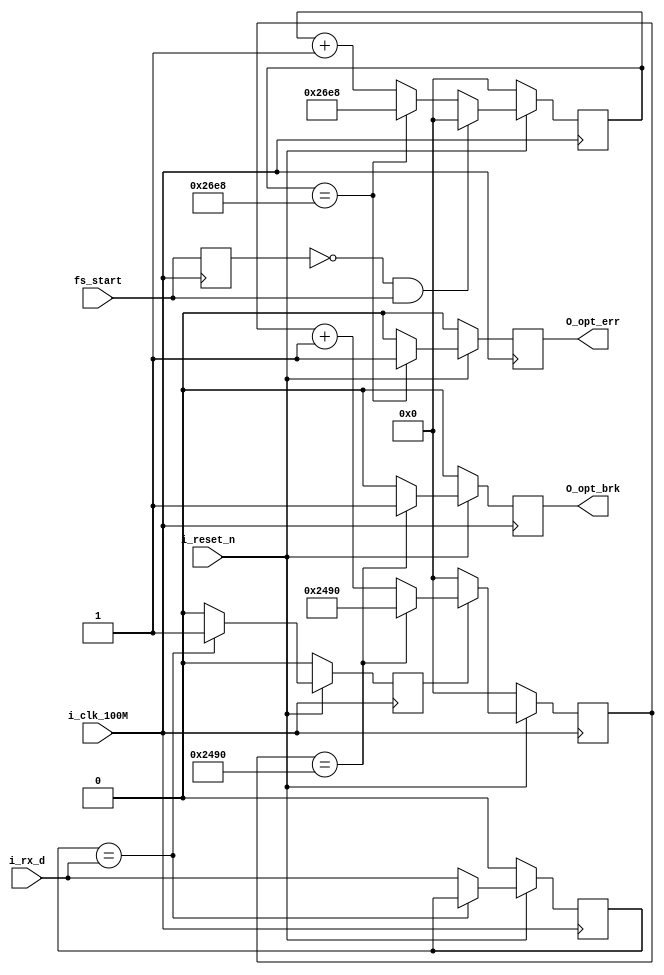
`timescale 1ns / 1ps
//////////////////////////////////////////////////////////////////////////////////
// Company: 
// Engineer: 
// 
// Design Name: 
// Module Name:    Comm_Check 
// Project Name: 
// Target Devices: 
// Tool versions: 
// Description: 
//
// Dependencies: 
//
// Revision: 
// Revision 0.01 - File Created
// Additional Comments: 
//
//////////////////////////////////////////////////////////////////////////////////
module Comm_Check_kb(
    input i_clk_100M,
    input i_reset_n,
    input i_rx_d,
    output reg O_opt_brk,
	 output reg O_opt_err,
	 input fs_start
    );
	
	reg data_mid;
	reg brk_mid;
	reg [15:0] cnt1;
	reg [15:0] cnt2;
	
	parameter Optbrk_time=9360;//78us
	parameter Opterr_time=9960;//78+5us
//
always @ (posedge i_clk_100M)
begin
	if(!i_reset_n) begin
		brk_mid	<= 1'b0;
		data_mid	<= 1'b0;
	  end
	else if(data_mid == i_rx_d) brk_mid	<= 1'b1;
	else begin
		brk_mid	<= 1'b0;
		data_mid	<= i_rx_d;
	  end
end

always @ (posedge i_clk_100M)
begin
	if(!i_reset_n) begin
	  O_opt_brk <= 1'b0;
	  end
	else if (cnt1 == Optbrk_time) begin
	  O_opt_brk <= 1'b1;//125us
	  end
	else begin
	  O_opt_brk <= 1'b0;
	  end	  
end

always @ (posedge i_clk_100M)
begin
	if(!i_reset_n) cnt1 <= 16'h0;
	else if(brk_mid) begin
		if(cnt1 == Optbrk_time) cnt1 <= Optbrk_time;
		else cnt1 <= cnt1+16'b1;
	  end
	else cnt1 <= 16'h0;
end

//125us+5us
reg fs_start_old;
always @ (posedge i_clk_100M)
begin
	fs_start_old<=fs_start;
	if(!i_reset_n) cnt2 <= 16'h0;
	else if((~fs_start_old)&&fs_start) cnt2<=16'b0;
	else if(cnt2==Opterr_time)cnt2 <= Opterr_time;
	else cnt2<= cnt2+16'b1;
end
always @ (posedge i_clk_100M)
begin
	if(!i_reset_n) O_opt_err <= 1'b0;
	else if(cnt2==Opterr_time) O_opt_err <= 1'b1;
	else O_opt_err <= 1'b0;
end
endmodule